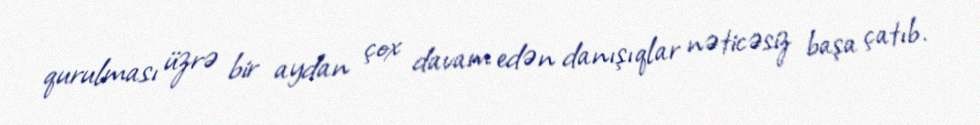
qurulması üzrə bir aydan çox davam edən danışıqlar nəticəsiz başa çatıb.